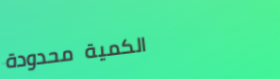
الكمية محدودة